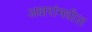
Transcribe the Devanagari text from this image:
अक्षरांमधील